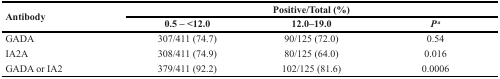
<table><thead><tr><td rowspan="2"><b>Antibody</b></td><td colspan="3"><b>Positive/Total (%)</b></td></tr><tr><td><b>0.5 – &lt;12.0</b></td><td><b>12.0–19.0</b></td><td><b><i>P</i><sup><i>a</i></sup></b></td></tr></thead><tbody><tr><td>GADA</td><td>307/411 (74.7)</td><td>90/125 (72.0)</td><td>0.54</td></tr><tr><td>IA2A</td><td>308/411 (74.9)</td><td>80/125 (64.0)</td><td>0.016</td></tr><tr><td>GADA or IA2</td><td>379/411 (92.2)</td><td>102/125 (81.6)</td><td>0.0006</td></tr></tbody></table>